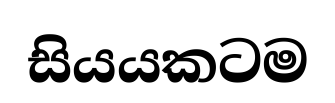
සියයකටම